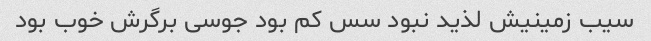
سیب زمینیش لذید نبود سس کم بود جوسی برگرش خوب بود